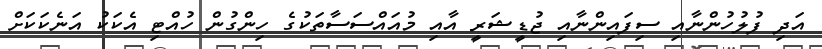
އަދި ފުލުހުންނާއި ސިފައިންނާއި ޖުޑީޝަރީ އާއި މުއައްސަސާތަކުގެ ހިންގުން ހުއްޓި އެކަކު އަނެކަކަށް